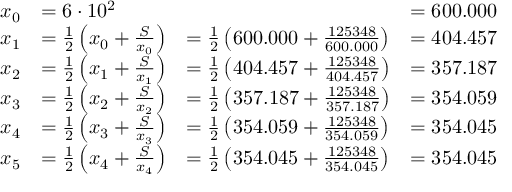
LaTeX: \begin{array} { r } { { \begin{array} { r l l l } { x _ { 0 } } & { = 6 \cdot 1 0 ^ { 2 } } & { } & { = 6 0 0 . 0 0 0 } \\ { x _ { 1 } } & { = { \frac { 1 } { 2 } } \left( x _ { 0 } + { \frac { S } { x _ { 0 } } } \right) } & { = { \frac { 1 } { 2 } } \left( 6 0 0 . 0 0 0 + { \frac { 1 2 5 3 4 8 } { 6 0 0 . 0 0 0 } } \right) } & { = 4 0 4 . 4 5 7 } \\ { x _ { 2 } } & { = { \frac { 1 } { 2 } } \left( x _ { 1 } + { \frac { S } { x _ { 1 } } } \right) } & { = { \frac { 1 } { 2 } } \left( 4 0 4 . 4 5 7 + { \frac { 1 2 5 3 4 8 } { 4 0 4 . 4 5 7 } } \right) } & { = 3 5 7 . 1 8 7 } \\ { x _ { 3 } } & { = { \frac { 1 } { 2 } } \left( x _ { 2 } + { \frac { S } { x _ { 2 } } } \right) } & { = { \frac { 1 } { 2 } } \left( 3 5 7 . 1 8 7 + { \frac { 1 2 5 3 4 8 } { 3 5 7 . 1 8 7 } } \right) } & { = 3 5 4 . 0 5 9 } \\ { x _ { 4 } } & { = { \frac { 1 } { 2 } } \left( x _ { 3 } + { \frac { S } { x _ { 3 } } } \right) } & { = { \frac { 1 } { 2 } } \left( 3 5 4 . 0 5 9 + { \frac { 1 2 5 3 4 8 } { 3 5 4 . 0 5 9 } } \right) } & { = 3 5 4 . 0 4 5 } \\ { x _ { 5 } } & { = { \frac { 1 } { 2 } } \left( x _ { 4 } + { \frac { S } { x _ { 4 } } } \right) } & { = { \frac { 1 } { 2 } } \left( 3 5 4 . 0 4 5 + { \frac { 1 2 5 3 4 8 } { 3 5 4 . 0 4 5 } } \right) } & { = 3 5 4 . 0 4 5 } \end{array} } } \end{array}